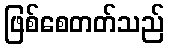
ဖြစ်စေတတ်သည်